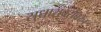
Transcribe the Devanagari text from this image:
सुधारांबरोबरच